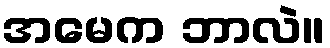
အမေက ဘာလဲ။